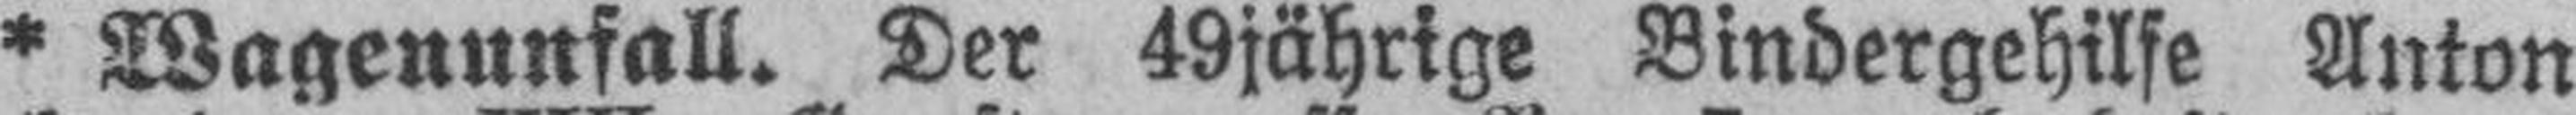
* Wagenunfall. Der 49jährige Bindergehilfe Anton